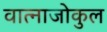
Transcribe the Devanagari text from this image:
वात्नाजोकुल